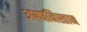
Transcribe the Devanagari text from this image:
अफ्घनिस्तान